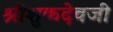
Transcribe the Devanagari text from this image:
श्रीशुकदेवजी